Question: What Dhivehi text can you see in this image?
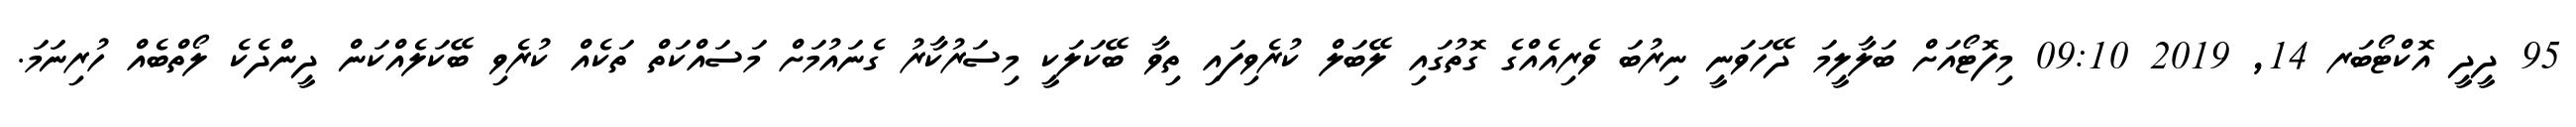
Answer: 95 ދީދީ އޮކްޓޯބަރ 14, 2019 09:10 މިފޮޓޯއަށް ބަލާލީމަ ދޭހަވަނީ ނިރުބަ ވެރިއެއްގެ ގޮތުގައި ލޭބަލް ކުރެވިފައި ތިވާ ބޭކަލަކީ މިސަރުކާރު ގެނައުމަށް މަސައްކަތް ތަކެއް ކުރެވި ބޭކަލެއްކަން ދީންދެކެ ލޯތްބެއް ހުރިނަމަ.